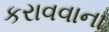
કરાવવાના